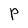
Character: P